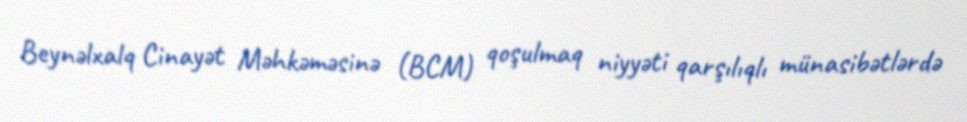
Beynəlxalq Cinayət Məhkəməsinə (BCM) qoşulmaq niyyəti qarşılıqlı münasibətlərdə